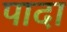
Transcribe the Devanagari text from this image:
पादा